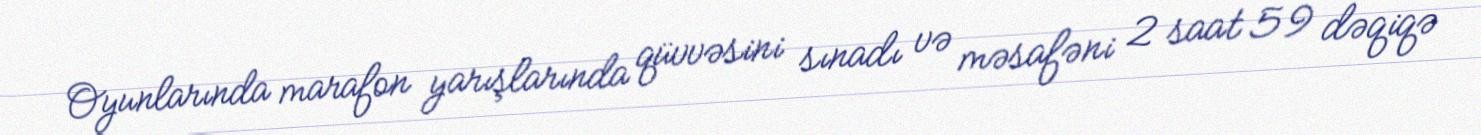
Oyunlarında marafon yarışlarında qüvvəsini sınadı və məsafəni 2 saat 59 dəqiqə